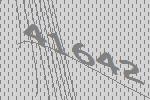
41642